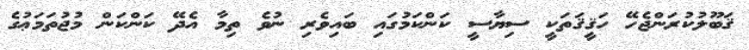
ޤަބޫލުކުރަންޖެހޭ ހަޤީޤަތަކީ ސިޔާސީ ކަންކަމުގައި ބައިވެރި ނުވެ ތިމާ އެދޭ ކަންކަން މުޖުތަމަޢުގެ